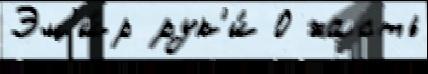
Эм'и́р рук'и́ О часть